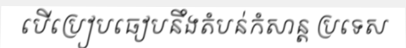
បើប្រៀបធៀបនឹងតំបន់កំសាន្ត ប្រទេស